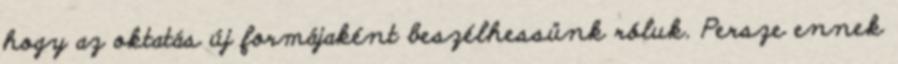
hogy az oktatás új formájaként beszélhessünk róluk. Persze ennek